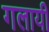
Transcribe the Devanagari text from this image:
गलायी